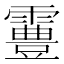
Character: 霻